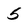
Character: 5